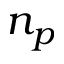
n _ { p }